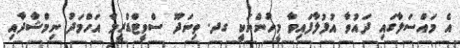
އެ މައްސަލާގައި ދައުވާ އުފުލާފައިވާ މީހުންނަކީ ގދ. ތިނަދޫ ސްވީޓްޑްރީމް އަހްމަދު ނިމްޝާދާއި